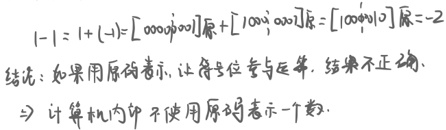
\(1 - 1 = 1 + (-1)=[00000001]_{原}+[10000001]_{原}=[10000010]_{原}=-2\)。
结论：如果用原码表示，让符号位参与运算，结果不正确。→计算机内部不使用原码表示一个数。